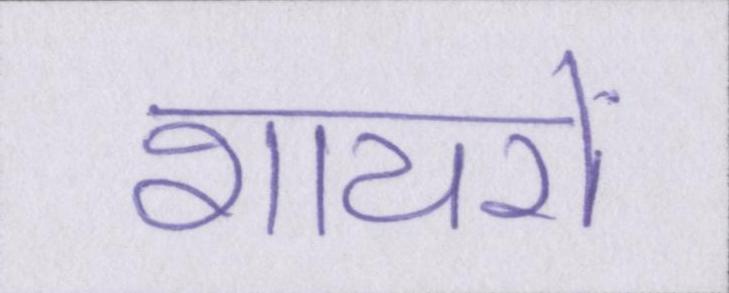
शायरों